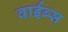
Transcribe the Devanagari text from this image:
वाईब्स